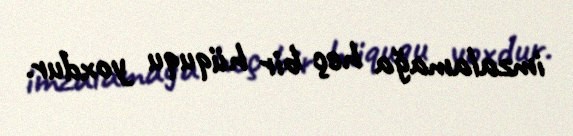
imzalamağa heç bir hüququ yoxdur.